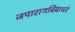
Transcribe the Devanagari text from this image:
जपारागबिंबाधरं